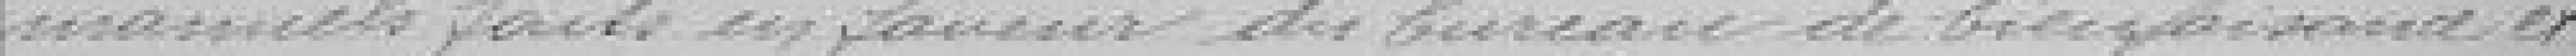
manuels faits en faveur du bureau de bienfaisance et